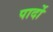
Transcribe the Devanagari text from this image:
पार्दो